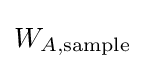
W_{A,{\text{sample}}}